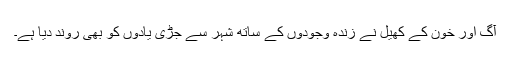
آگ اور خون کے کھیل نے زندہ وجودوں کے ساتھ شہر سے جڑی یادوں کو بھی روند دیا ہے۔